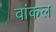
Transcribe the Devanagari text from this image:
वांकल